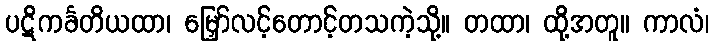
ပဋိကင်္ခတိယထာ၊ မြှော်လင့်တောင့်တသကဲ့သို့။ တထာ၊ ထို့အတူ။ ကာလံ၊